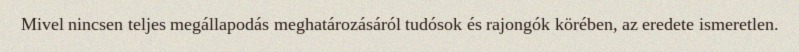
Mivel nincsen teljes megállapodás meghatározásáról tudósok és rajongók körében, az eredete ismeretlen.